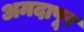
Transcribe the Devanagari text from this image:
अमदापूर